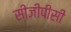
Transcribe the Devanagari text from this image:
सीजीपीसी